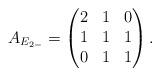
LaTeX: \begin{align*} A_{E_{2-}} = \begin{pmatrix} 2 & 1 & 0 \\ 1 & 1 & 1 \\ 0 & 1 & 1 \end{pmatrix}.\end{align*}